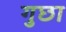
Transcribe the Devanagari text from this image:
गुछा